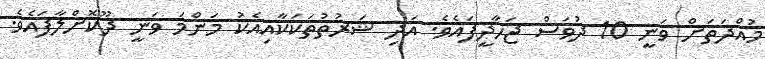
މުއްދަތަށް ވަނީ 10 ދުވަސް ޖަހާދީފައެވެ. އަދި ޝަރުތުތަކަކާއިއެކު މަންމަ ވަނީ ދޫކޮށްލާފައެވެ.